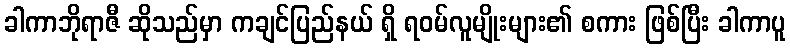
ခါကာဘိုရာဇီ ဆိုသည်မှာ ကချင်ပြည်နယ် ရှိ ရဝမ်လူမျိုးများ၏ စကား ဖြစ်ပြီး ခါကာပူ